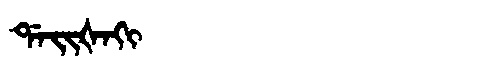
Manchu: ᡩᠠᡳᡧᠠᡴᡳ
Romanization: DAIŠAKI